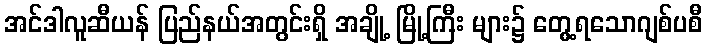
အင်ဒါလူဆီယန် ပြည်နယ်အတွင်းရှိ အချို့ မြို့ကြီး များ၌ တွေ့ရသောဂျစ်ပစီ